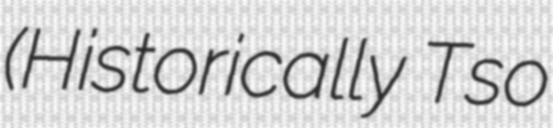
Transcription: (Historically Tso